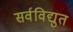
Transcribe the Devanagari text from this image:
सर्वविद्युत